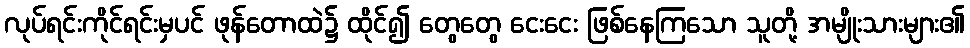
လုပ်ရင်းကိုင်ရင်းမှပင် ဖုန်တောထဲ၌ ထိုင်၍ တွေတွေ ငေးငေး ဖြစ်နေကြသော သူတို့ အမျိုးသားများ၏